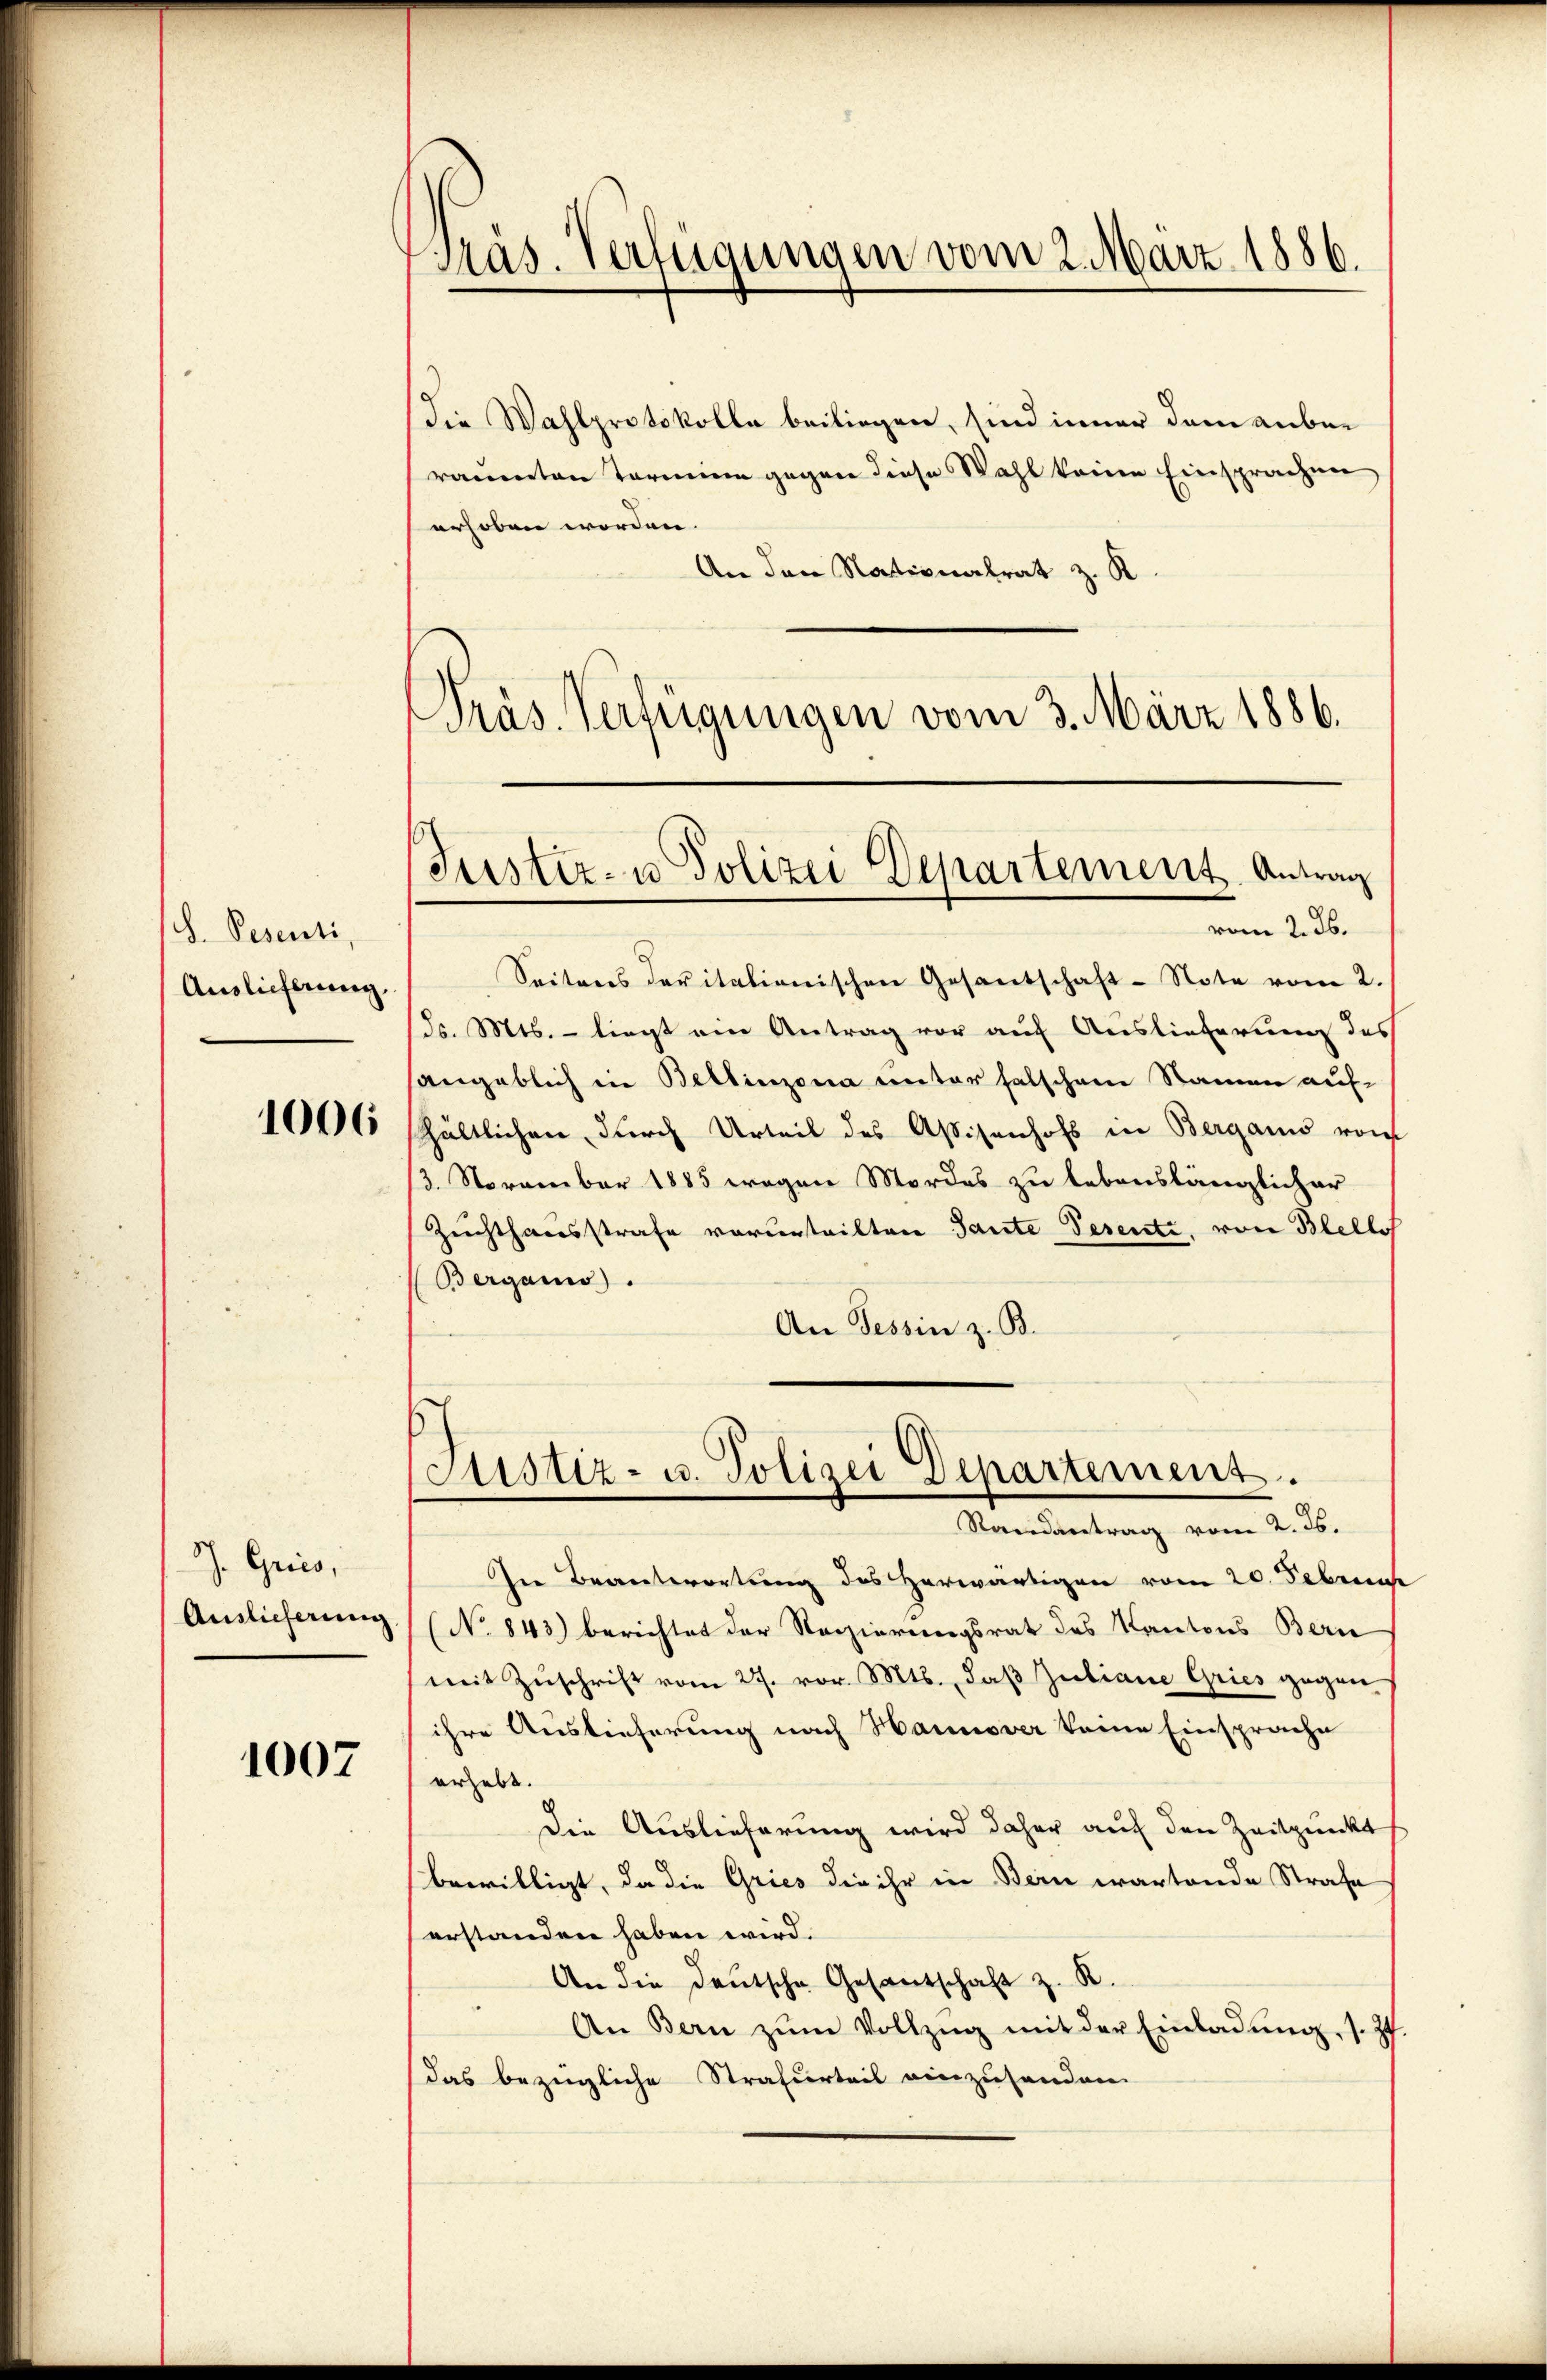
S. Pesenti
Auslieferung.

1006

J. Gries,
Auslieferung

1007

Präs. Verfügungen vom 2. März 1886.

Die Wahlprotokolle beiliegen, sind inner dem anberäumten Termine gegen diese Wahl keine Einsprachen,
erhoben worden.
An den Nationalrat z. R.
Präs. Verfügungen vom 3. März 1886.

Justiz- u. Polizei Departement. Antrag

vom 2. ds.
Seiteres deritationischen Gesantschaft-Note vom 2.
d. Mts. – liegt ein Antrag vor auf Auslieferung des
angeblich in Bellinzona unter falschen Namen auf-
hältlichen durch Urteil des Assisenhofs in Berganis von
13. November 1885 wegen Mordes zu lebenslänglicher
Zuchthausstrafe vorurteilten Tante Pesenti, von Blellos
Berganis
An Tessin z. B.
In Beantwortung des Herwärtigen vom 20. Febru
(No 843) berichtet der Regierungsrat des Kantons Bern
mit Zuschrift vom 27. vor. Mts., daß Juliane Gries gegen
ihre Auslieferung nach Hannover keine Einsprache
erhebt.
Die Auslieferung wird daher auf den Zeitpunkt
bewilligt, da die Gries die ihr in Bern wartende Strafe
erstanden haben wird.
An die Deutsche Gesantschaft z. R.
An Bern zŭm Vollzŭg mit der Einladŭng, s. Z
das bezügliche Strafurteil einzusenden.

Justiz- u. Polizei Departement.
Randantrag vom 2. ds.